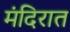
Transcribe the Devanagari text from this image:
मंदिरात